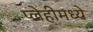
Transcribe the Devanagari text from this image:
प्लेहीमध्ये